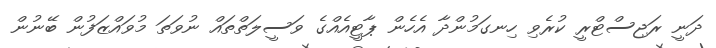
ދަނީ ރަޖިސްޓްރީ ކުރެވި ހިނގަމުންދާ އެހެން ޕާޓީއެއްގެ ވަސީލަތްތައް ނުވަތަ މުވައްޒަފުން ބޭނުން